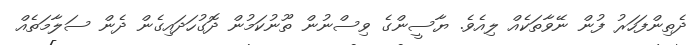
ދެތިންފަހަރު ފުން ނޭވާތަކެއް ލިއެވެ. ޔާސީންގެ ވިސްނުން ތޫނުކަމުން ދޮގުހަދައިގެން ދެން ސަލާމަތެއް